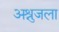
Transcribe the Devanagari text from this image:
अश्रुजला